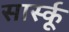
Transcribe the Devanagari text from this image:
सार्स्कू